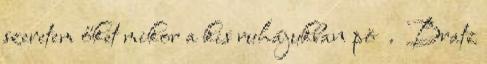
szeretem őket mikor a kis ruhájukban pö . Bratz